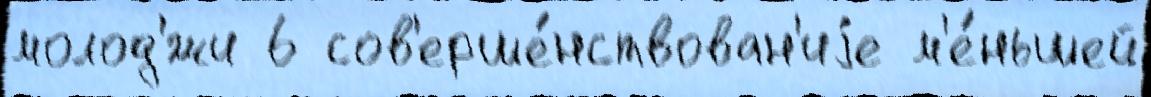
молод'́жи 6 сов'ерше́нствован'иjе м'е́ньшей